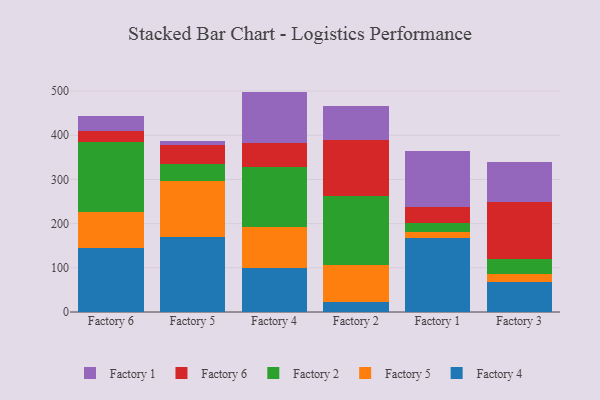
{"axis": {"x": "Factory", "y": "Inventory Turnover"}, "legend": ["Factory 1", "Factory 2", "Factory 4", "Factory 5", "Factory 6"], "data": [{"x": "Factory 6", "y": 144.7, "type": "Factory 4"}, {"x": "Factory 6", "y": 81.6, "type": "Factory 5"}, {"x": "Factory 6", "y": 158.9, "type": "Factory 2"}, {"x": "Factory 6", "y": 24.5, "type": "Factory 6"}, {"x": "Factory 6", "y": 32.8, "type": "Factory 1"}, {"x": "Factory 5", "y": 169.0, "type": "Factory 4"}, {"x": "Factory 5", "y": 127.9, "type": "Factory 5"}, {"x": "Factory 5", "y": 39.0, "type": "Factory 2"}, {"x": "Factory 5", "y": 42.2, "type": "Factory 6"}, {"x": "Factory 5", "y": 9.4, "type": "Factory 1"}, {"x": "Factory 4", "y": 99.4, "type": "Factory 4"}, {"x": "Factory 4", "y": 93.0, "type": "Factory 5"}, {"x": "Factory 4", "y": 136.6, "type": "Factory 2"}, {"x": "Factory 4", "y": 53.3, "type": "Factory 6"}, {"x": "Factory 4", "y": 116.5, "type": "Factory 1"}, {"x": "Factory 2", "y": 22.8, "type": "Factory 4"}, {"x": "Factory 2", "y": 82.6, "type": "Factory 5"}, {"x": "Factory 2", "y": 158.1, "type": "Factory 2"}, {"x": "Factory 2", "y": 125.3, "type": "Factory 6"}, {"x": "Factory 2", "y": 76.5, "type": "Factory 1"}, {"x": "Factory 1", "y": 167.8, "type": "Factory 4"}, {"x": "Factory 1", "y": 12.3, "type": "Factory 5"}, {"x": "Factory 1", "y": 20.9, "type": "Factory 2"}, {"x": "Factory 1", "y": 35.8, "type": "Factory 6"}, {"x": "Factory 1", "y": 127.6, "type": "Factory 1"}, {"x": "Factory 3", "y": 67.4, "type": "Factory 4"}, {"x": "Factory 3", "y": 19.6, "type": "Factory 5"}, {"x": "Factory 3", "y": 33.0, "type": "Factory 2"}, {"x": "Factory 3", "y": 128.5, "type": "Factory 6"}, {"x": "Factory 3", "y": 90.8, "type": "Factory 1"}]}